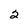
Character: 2